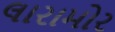
લારામોર